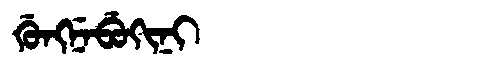
Manchu: ᡤᡠᠩᠨᡝᠪᡠᡴᡳᠨᡳ
Romanization: GUNGNEBUKINI